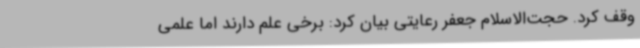
وقف کرد. حجت‌الاسلام جعفر رعایتی بیان کرد: برخی علم دارند اما علمی